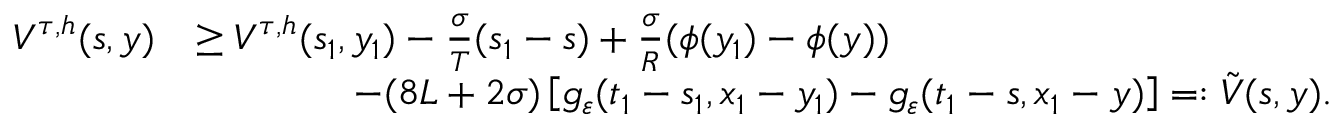
\begin{array} { r l } { V ^ { \tau , h } ( s , y ) } & { \geq V ^ { \tau , h } ( s _ { 1 } , y _ { 1 } ) - \frac { \sigma } { T } ( s _ { 1 } - s ) + \frac { \sigma } { R } ( \phi ( y _ { 1 } ) - \phi ( y ) ) } \\ & { \qquad \qquad - ( 8 L + 2 \sigma ) \left[ g _ { \varepsilon } ( t _ { 1 } - s _ { 1 } , x _ { 1 } - y _ { 1 } ) - g _ { \varepsilon } ( t _ { 1 } - s , x _ { 1 } - y ) \right] = : \tilde { V } ( s , y ) . } \end{array}